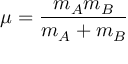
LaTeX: \mu = { \frac { m _ { A } m _ { B } } { m _ { A } + m _ { B } } }